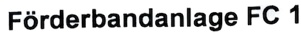
Text: Förderbandanlage FC 1